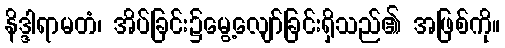
နိဒ္ဒါရာမတံ၊ အိပ်ခြင်း၌မွေ့လျော်ခြင်းရှိသည်၏ အဖြစ်ကို။